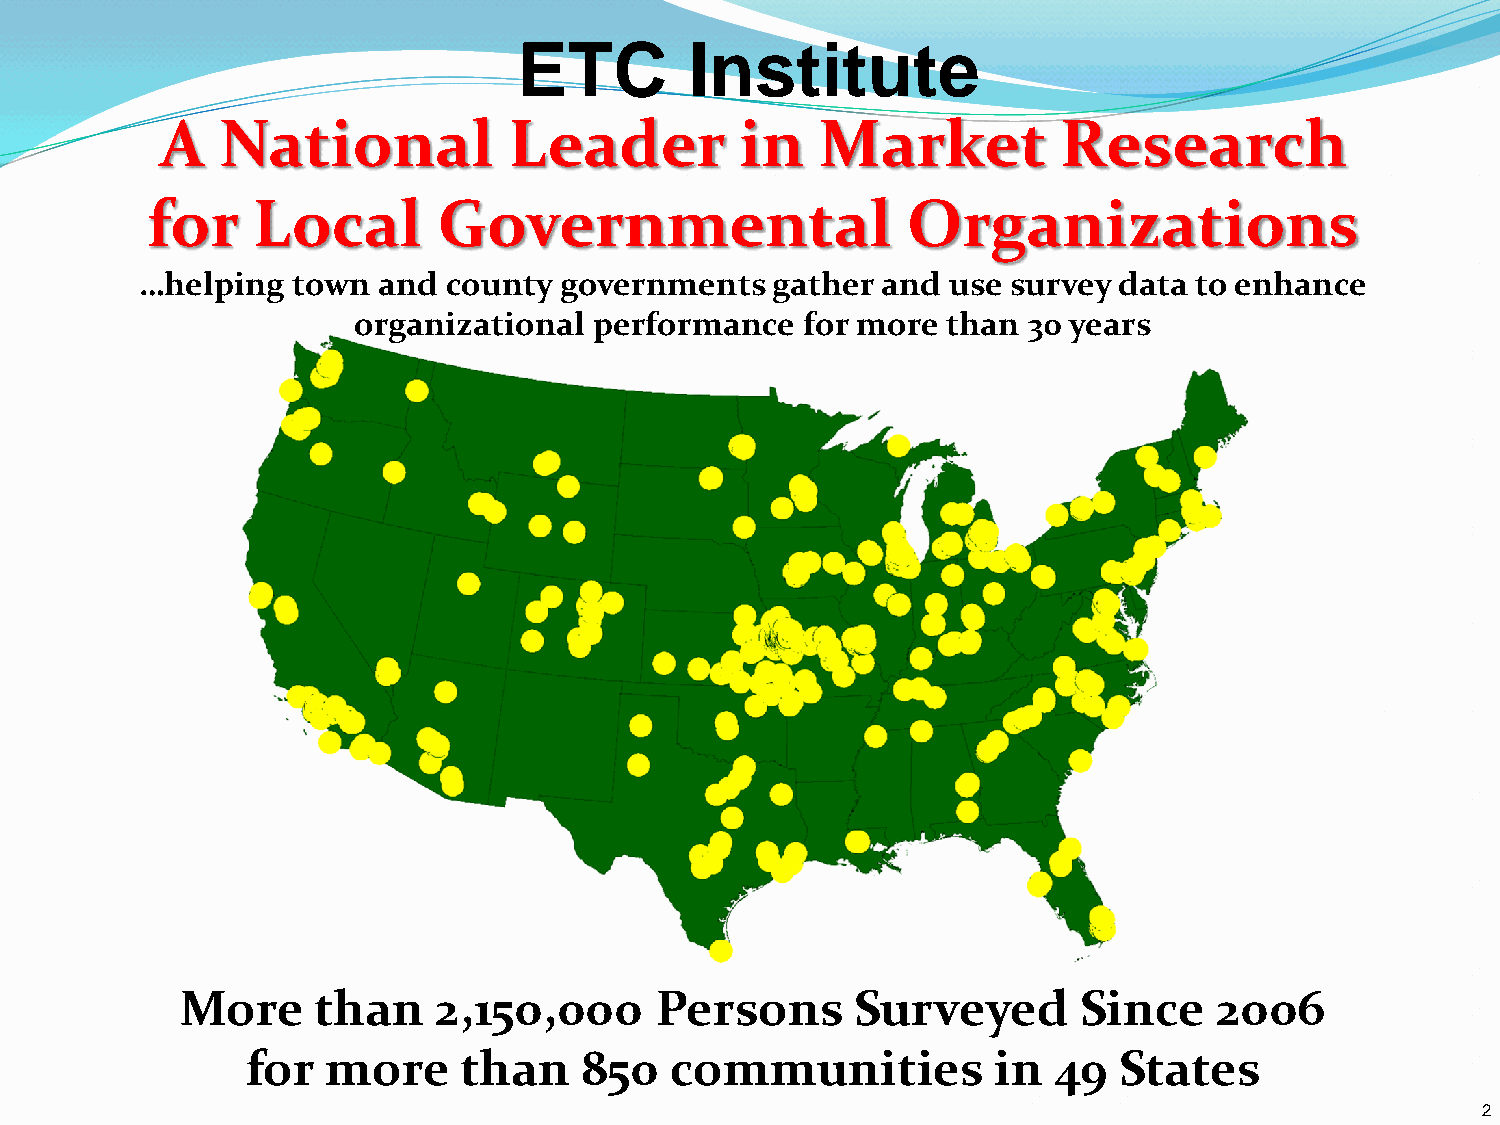
ETC         Institute
 A   National           Leader         in   Market          Research
 for    Local       Governmental                   Organizations
 …helping  town  and county  governments   gather and  use survey data to enhance
 organizational  performance   for more  than 30 years
 More     than    2,150,000     Persons       Surveyed       Since    2006
 for   more    than    850   communities           in  49  States
 2